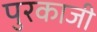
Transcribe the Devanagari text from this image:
पुरकाजी